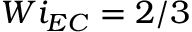
W i _ { E C } = 2 / 3